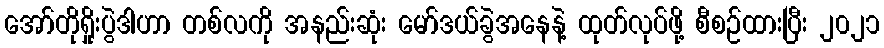
အော်တိုရှိုးပွဲဒါဟာ တစ်လကို အနည်းဆုံး မော်ဒယ်ခွဲအနေနဲ့ ထုတ်လုပ်ဖို့ စီစဉ်ထားပြီး ၂၀၂၁